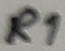
Text: R1